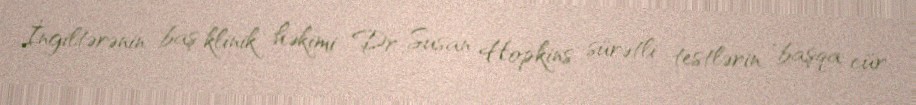
İngiltərənin baş klinik həkimi Dr Susan Hopkins, sürətli testlərin "başqa cür